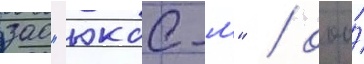
зао "юкос-м" / ооо́